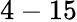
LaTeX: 4-15